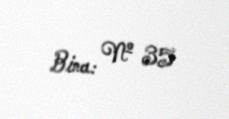
Bina: № 35